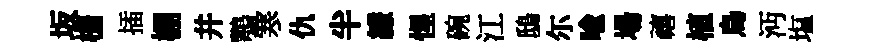
坂栅插棚幷鶚寒仇半縑惺碗江鴟尓喻場禧植烏沔塩